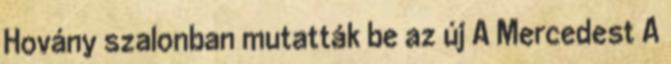
Hovány szalonban mutatták be az új A Mercedest A